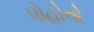
પોહોનો